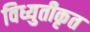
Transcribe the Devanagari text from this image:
विध्युतीकृत